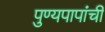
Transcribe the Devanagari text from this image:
पुण्यपापांची